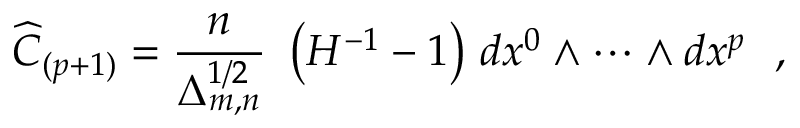
{ \widehat C } _ { ( p + 1 ) } = \frac { n } { \Delta _ { m , n } ^ { 1 / 2 } } ~ \left( { H } ^ { - 1 } - 1 \right) \, d x ^ { 0 } \wedge \cdots \wedge d x ^ { p } ~ ~ ,